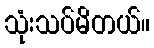
သုံးသပ်မိတယ်။